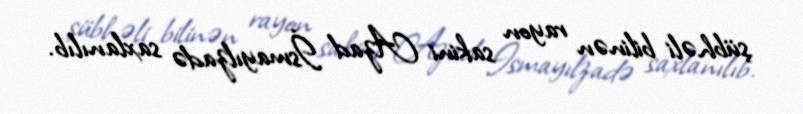
şübhəli bilinən rayon sakini Azad İsmayılzadə saxlanılıb.